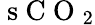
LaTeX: \mathrm{~s~C~O~}_{2}